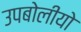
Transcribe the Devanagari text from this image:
उपबोलीयो